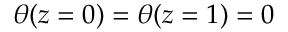
\theta ( z = 0 ) = \theta ( z = 1 ) = 0